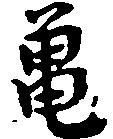
亀